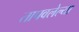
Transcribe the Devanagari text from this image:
तापवलेल्या